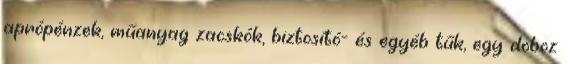
aprópénzek, műanyag zacskók, biztosító- és egyéb tűk, egy doboz